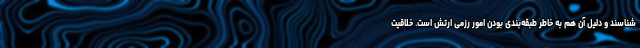
شناسند و دلیل آن هم به خاطر طبقه‌بندی بودن امور رزمی ارتش است. خلاقیت